Indian journal of veterinary science and animal husbandry - Volumes 22-23, 1952-1953
Year: 1952
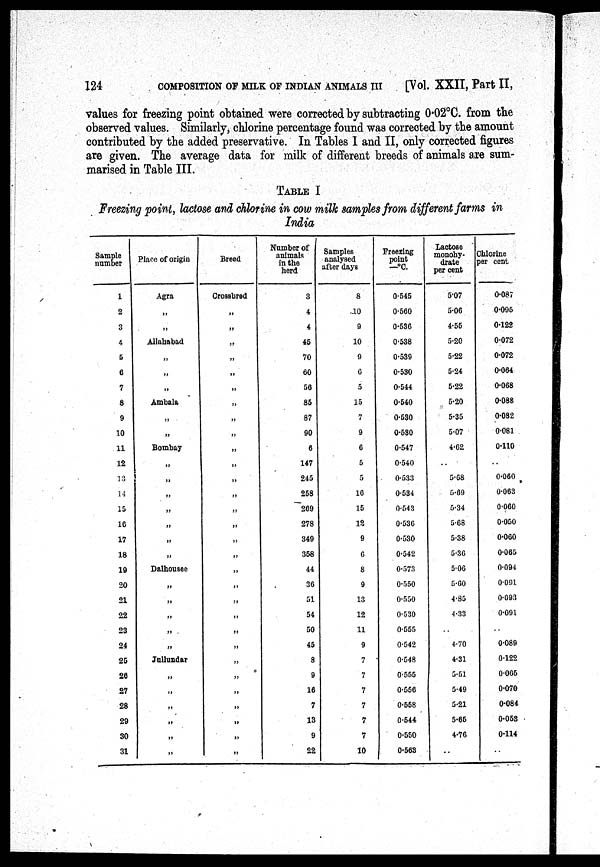
124
COMPOSITION OF MILK OF INDIAN ANIMALS III
[Vol. XXII, Part II,
values for freezing point obtained were corrected by subtracting 0.02°C. from the
observed values. Similarly, chlorine percentage found was corrected by the amount
contributed by the added preservative. In Tables 1 and II, only corrected figures
are given. The average data for milk of different breeds of animals are sum-
marised in Table III.
TABLE I
Freezing point, lactose and chlorine in cow milk samples from different farms in
India
Sample
number
1
2
3
4
5
6
7
8
9
10
11
12
13
14
15
16
17
18
19
20
21
22
23
24
25
26
27
28
29
30
31
Place of origin
Agra
„
„
Allahabad
„
„
„
Ambala
„
„
Bombay
„
„
„
„
„
„
„
Dalhousee
„
„
„
„
„
Jullundar
„
„
„
„
„
„
Breed.
Crossbred
„
„
„
„
„
„
„
„
„
„
„
„
„
„
„
„
„
„
„
„
„
„
„
„
„
„
„
„
„
„
Number of
animals
in the
herd
3
4
4
45
70
60
56
86
87
90
6
147
245
258
269
278
349
358
44
36
51
54
50
45
8
9
16
7
13
9
22
Samples
analysed
after days
8
10
9
10
9
6
5
15
7
9
6
5
5
16
15
12
9
6
8
9
13
12
11
9
7
7
7
7
7
7
10
Freezing
point
—°C.
0.545
0.560
0.536
0.538
0.539
0.530
0.544
0.540
0.530
0.530
0.547
0.540
0.533
0.534
0.543
0.536
0.530
0.542
0.573
0.550
0.550
0.530
0.555
0.542
0.548
0.555
0.556
0.558
0.544
0.550
0.563
Lactose
monohy-
drate
per cent
5.07
5.06
4.55
5.20
5.22
5.24
5.22
5.20
5.35
5.07
4.62
..
5.68
5.69
5.34
5.68
5.38
5.36
5.06
5.60
4.85
4.33
..
4.70
4.31
5.51
5.49
5.21
5.65
4.76
..
Chlorine
per cent
0.087
0.095
0.122
0.072
0.072
0.064
0.068
0.088
0.082
0.081
0.110
..
0.060
0.063
0.060
0.050
0.060
0.065
0.094
0.091
0.093
0.091
..
0.089
0.122
0.065
0.070
0.084
0.058
0.114